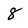
Character: 8